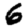
Digit: 6